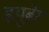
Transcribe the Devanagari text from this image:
हृयुबेर